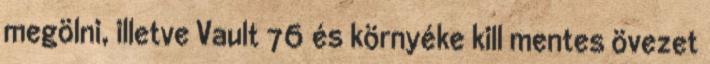
megölni, illetve Vault 76 és környéke kill mentes övezet